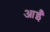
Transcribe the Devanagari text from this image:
आईँ